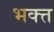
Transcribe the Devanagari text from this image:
भक्त्त